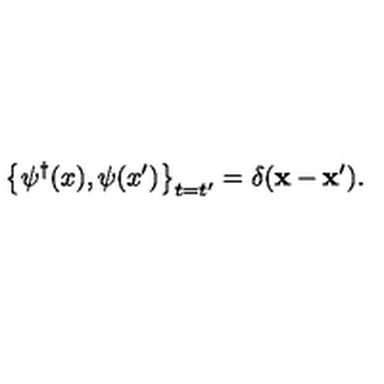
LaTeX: \left\{ \psi ^ { \dagger } ( x ) , \psi ( x ^ { \prime } ) \right\} _ { t = t ^ { \prime } } = \delta ( { \bf x } - { \bf x } ^ { \prime } ) .